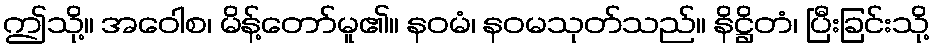
ဤသို့။ အဝေါစ၊ မိန့်တော်မူ၏။ နဝမံ၊ နဝမသုတ်သည်။ နိဋ္ဌိတံ၊ ပြီးခြင်းသို့